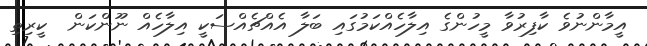
އީމާންނުވެ ކާފިރުވާ މީހުންގެ އިލާހެއްކަމުގައި ބަލާ އެއްޗެއްސަކީ އިލާހެއް ނޫންކަން  ކީރިތި